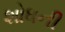
શોધની